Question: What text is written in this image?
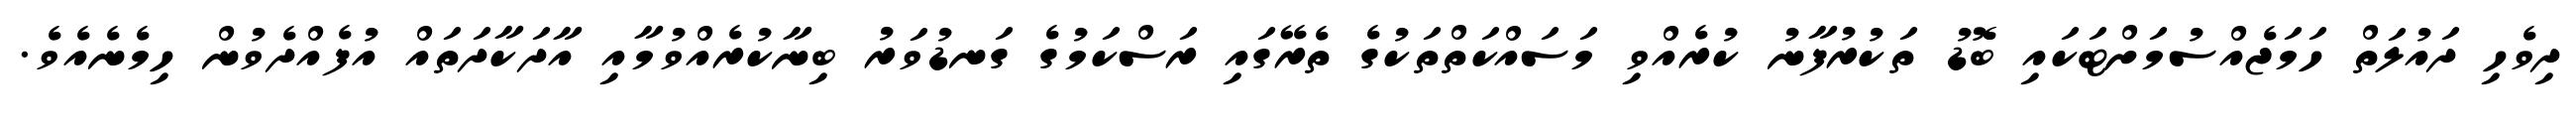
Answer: ދިވެހި ދައުލަތް ހަމަޖެއްސުމަށްޓަކައި ބޮޑު ތަކުރުފާނު ކުރެއްވި މަސައްކަތްތަކުގެ ތެރޭގައި ރަސްކަމުގެ ގަނޑުވަރު ބިނާކުރެއްވުމާއި އާދަކާދަތައް އުފެއްދެވުން ހިމެނެއެވެ.